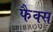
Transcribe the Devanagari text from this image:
फैक्‍स